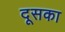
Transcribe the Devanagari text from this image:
दूसका